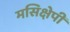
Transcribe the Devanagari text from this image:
मसिक्षेपी